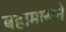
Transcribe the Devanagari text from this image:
बहामासने